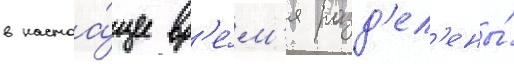
в настоа́щее вр'е́м'я разд'ел'ены́